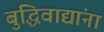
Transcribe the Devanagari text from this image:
बुद्धिवाद्यांना